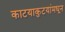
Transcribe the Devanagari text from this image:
काटयाकुटयांमधून